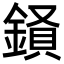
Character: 𮢧